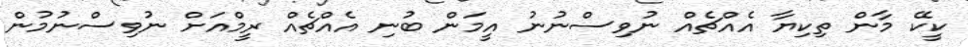
ކީކޭ މާން ތިކިޔާ އެއްޗެއް ނުވިސްނުނު އީމަން ބުނި އެއްޗެއް ރީމްއަށް ނުވިސްނުމުން